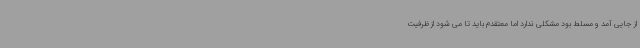
از جایی آمد و مسلط بود مشکلی ندارد اما معتقدم باید تا می شود از ظرفیت